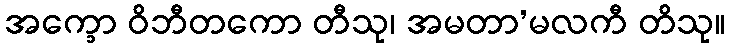
အက္ခော ဝိဘီတကော တီသု၊ အမတာ’မလကီ တိသု။